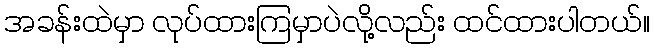
အခန်းထဲမှာ လုပ်ထားကြမှာပဲလို့လည်း ထင်ထားပါတယ်။